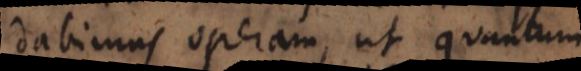
dabimus operam, ut quantum